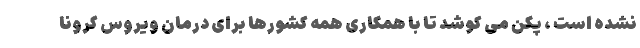
نشده است ، پکن می کوشد تا با همکاری همه کشورها برای درمان ویروس کرونا